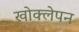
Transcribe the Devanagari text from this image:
खोक्लेपन